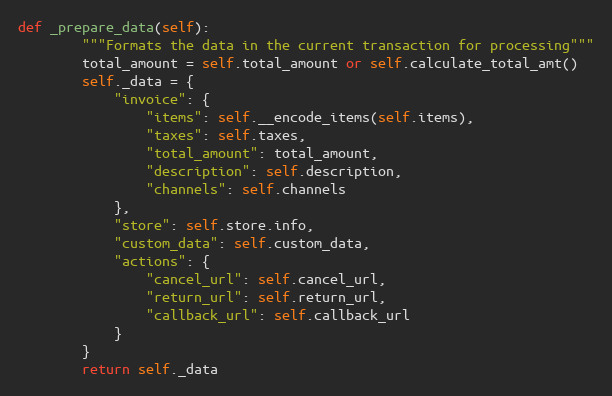
Language: Python
def _prepare_data(self):
        """Formats the data in the current transaction for processing"""
        total_amount = self.total_amount or self.calculate_total_amt()
        self._data = {
            "invoice": {
                "items": self.__encode_items(self.items),
                "taxes": self.taxes,
                "total_amount": total_amount,
                "description": self.description,
                "channels": self.channels
            },
            "store": self.store.info,
            "custom_data": self.custom_data,
            "actions": {
                "cancel_url": self.cancel_url,
                "return_url": self.return_url,
                "callback_url": self.callback_url
            }
        }
        return self._data